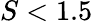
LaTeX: S<1.5